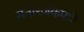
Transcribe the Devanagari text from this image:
मनोरंजकपणे